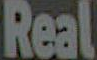
Real